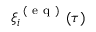
\xi _ { i } ^ { \mathrm { ~ ( ~ e ~ q ~ ) ~ } } ( \tau )